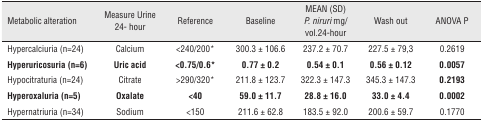
| Metabolic alteration | Measure Urine 24- hour | Reference | Baseline | MEAN (SD) P. niruri mg/ vol.24-hour | Wash out | ANOVA P |
 | --- | --- | --- | --- | --- | --- | --- |
 | Hypercalciuria (n=24) | Calcium | <240/200* | 300.3 ± 106.6 | 237.2 ± 70.7 | 227.5 ± 79,3 | 0.2619 |
 | Hyperuricosuria (n=6) | Uric acid | <0.75/0.6* | 0.77 ± 0.2 | 0.54 ± 0.1 | 0.56 ± 0.12 | 0.0057 |
 | Hypocitraturia (n=24) | Citrate | >290/320* | 211.8 ± 123.7 | 322.3 ± 147.3 | 345.3 ± 147.3 | 0.2193 |
 | Hyperoxaluria (n=5) | Oxalate | <40 | 59.0 ± 11.7 | 28.8 ± 16.0 | 33.0 ± 4.4 | 0.0002 |
 | Hypernatriuria (n=34) | Sodium | <150 | 211.6 ± 62.8 | 183.5 ± 92.0 | 200.6 ± 59.7 | 0.1770 |